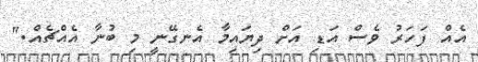
އެއް ފަހަރު ވެސް އަޑި އަށް ދިޔައިމާ އެނގޭނީ މި ބުނާ އެއްޗެއް."